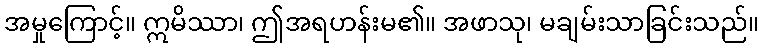
အမှုကြောင့်။ ဣမိဿာ၊ ဤအရဟန်းမ၏။ အဖာသု၊ မချမ်းသာခြင်းသည်။